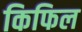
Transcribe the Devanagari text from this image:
किफिल